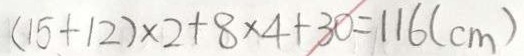
( 1 5 + 1 2 ) \times 2 + 8 \times 4 + 3 0 = 1 1 6 ( c m )